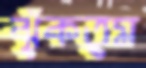
ঝুঁকতুম